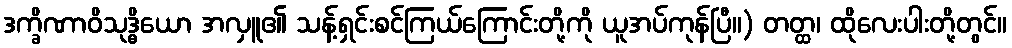
ဒက္ခိဏာဝိသုဒ္ဓိယော အလှူ၏ သန့်ရှင်းစင်ကြယ်ကြောင်းတို့ကို ယူအပ်ကုန်ပြီ။) တတ္ထ၊ ထိုလေးပါးတို့တွင်။